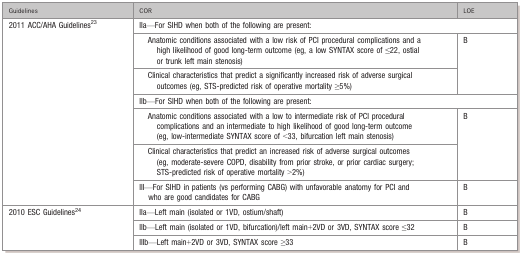
<table><thead><tr><td><b>Guidelines</b></td><td><b>COR</b></td><td><b>LOE</b></td></tr></thead><tbody><tr><td rowspan="7">2011 ACC/AHA Guidelines<sup>23</sup></td><td colspan="2">IIa—For SIHD when both of the following are present:</td></tr><tr><td>Anatomic conditions associated with a low risk of PCI procedural complications and a high likelihood of good long‐term outcome (eg, a low SYNTAX score of ≤22, ostial or trunk left main stenosis)</td><td rowspan="2">B</td></tr><tr><td>Clinical characteristics that predict a significantly increased risk of adverse surgical outcomes (eg, STS‐predicted risk of operative mortality ≥5%)</td></tr><tr><td colspan="2">IIb—For SIHD when both of the following are present:</td></tr><tr><td>Anatomic conditions associated with a low to intermediate risk of PCI procedural complications and an intermediate to high likelihood of good long‐term outcome (eg, low‐intermediate SYNTAX score of &lt;33, bifurcation left main stenosis)</td><td rowspan="2">B</td></tr><tr><td>Clinical characteristics that predict an increased risk of adverse surgical outcomes (eg, moderate‐severe COPD, disability from prior stroke, or prior cardiac surgery; STS‐predicted risk of operative mortality &gt;2%)</td></tr><tr><td>III—For SIHD in patients (vs performing CABG) with unfavorable anatomy for PCI and who are good candidates for CABG</td><td>B</td></tr><tr><td rowspan="3">2010 ESC Guidelines<sup>24</sup></td><td>IIa—Left main (isolated or 1VD, ostium/shaft)</td><td>B</td></tr><tr><td>IIb—Left main (isolated or 1VD, bifurcation)/left main+2VD or 3VD, SYNTAX score ≤32</td><td>B</td></tr><tr><td>IIIb—Left main+2VD or 3VD, SYNTAX score ≥33</td><td>B</td></tr></tbody></table>